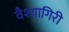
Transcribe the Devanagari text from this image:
वैश्यागिरी